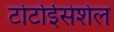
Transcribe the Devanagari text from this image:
टोर्टोईसेशेल